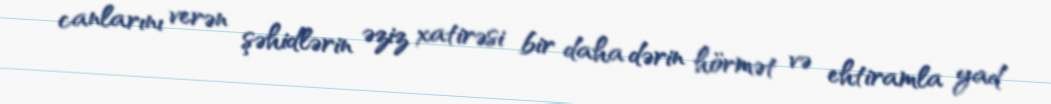
canlarını verən şəhidlərin əziz xatirəsi bir daha dərin hörmət və ehtiramla yad